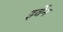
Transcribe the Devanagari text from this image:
इर्वेन